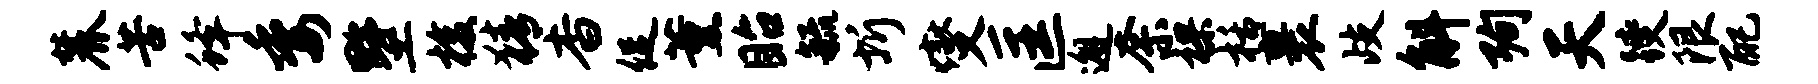
麓苦蜂委墅梭猜杳促薰眙毓圻燮匡邂奈裸栝裹歧斛殉天躞限配